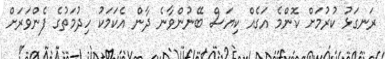
ރަނގަޅު ކުރުމަށް ކޮންމެ އަގެއް ކިޔަސް ބޭނުންވާނެ ދާން އެކަމަކު ހިދުމަތުގެ ފެންވަރަށް